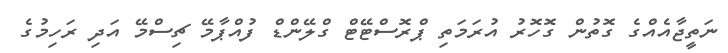
ނަތީޖާއެއްގެ ގޮތުން ގޮހޮރު އުރަމަތި ޕްރޮސްޓޭޓް ގްލޭންޑް ފުއްޕާމޭ ޗިސްމޭ އަދި ރަހިމުގެ